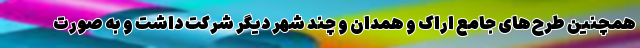
همچنین طرح‌های جامع اراک و همدان و چند شهر دیگر شرکت داشت و به صورت